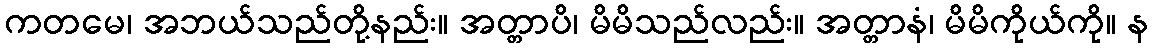
ကတမေ၊ အဘယ်သည်တို့နည်း။ အတ္တာပိ၊ မိမိသည်လည်း။ အတ္တာနံ၊ မိမိကိုယ်ကို။ န